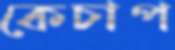
কেচাপ